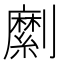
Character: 𠠣